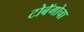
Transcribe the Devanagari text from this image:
टोबॅगोचा